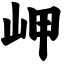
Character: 岬